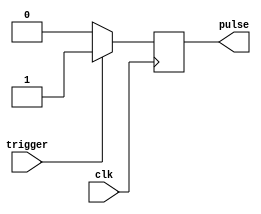
module one_shot_timer (
    input wire clk,
    input wire trigger,
    output reg pulse
);

parameter THRESHOLD = 10; // Set threshold for pulse duration

reg [7:0] count; // Counter to keep track of clock cycles

always @(posedge clk) begin
    if (trigger) begin
        count <= 0; // Reset counter on triggering event
        pulse <= 1; // Set pulse high on triggering event
    end else if (count < THRESHOLD) begin
        count <= count + 1; // Increment counter if threshold not reached
        pulse <= 0; // Set pulse low if threshold not reached
    end else begin
        pulse <= 0; // Set pulse low after threshold reached
    end
end

endmodule